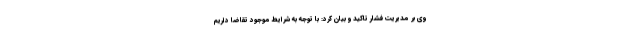
وی بر مدیریت فشار تاکید و بیان کرد: با توجه به شرایط موجود تقاضا داریم